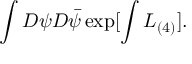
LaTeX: \int { \cal D } \psi { \cal D } \bar { \psi } \exp [ \int { \cal L } _ { ( 4 ) } ] .